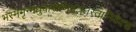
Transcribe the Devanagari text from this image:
भस्ममृन्मधुवारीणिमंत्रतस्तानिवैदश